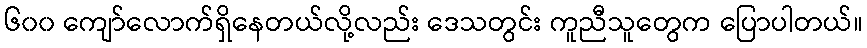
၆၀၀ ကျော်လောက်ရှိနေတယ်လို့လည်း ဒေသတွင်း ကူညီသူတွေက ပြောပါတယ်။